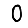
Digit: 0